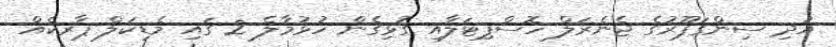
އަދި ސިންގަޕޫރުގެ ޖެނެރަލް ހޮސްޕިޓަލާއި ގުޅިގެން ހުޅުމާލެ 2 ގައި މެޑިކަލް ޕާރކެއްް